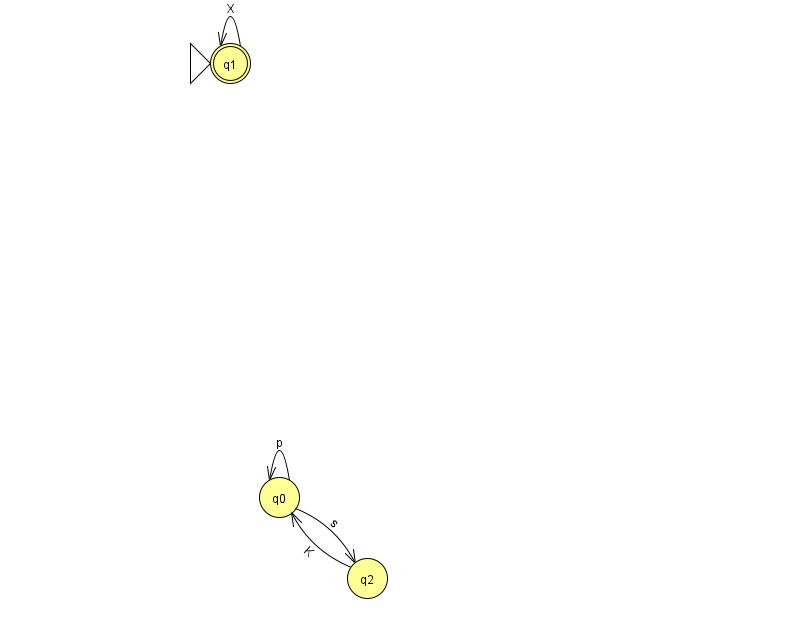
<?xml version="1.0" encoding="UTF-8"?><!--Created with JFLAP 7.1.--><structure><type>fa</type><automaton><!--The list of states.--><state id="0" name="q0"><x>279.0</x><y>484.0</y></state><state id="1" name="q1"><x>230.0</x><y>50.0</y><initial/><final/></state><state id="2" name="q2"><x>367.0</x><y>565.0</y></state><!--The list of transitions.--><transition><from>0</from><to>0</to><read>p</read></transition><transition><from>2</from><to>0</to><read>K</read></transition><transition><from>1</from><to>1</to><read>X</read></transition><transition><from>0</from><to>2</to><read>s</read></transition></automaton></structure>